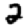
Digit: 2